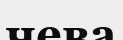
чева